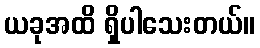
ယခုအထိ ရှိပါသေးတယ်။